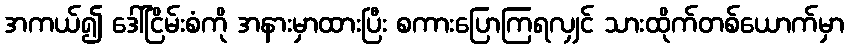
အကယ်၍ ဒေါ်ငြိမ်းစံကို အနားမှာထားပြီး စကားပြောကြရလျှင် သားထိုက်တစ်ယောက်မှာ